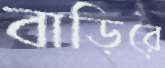
বাড়িরে